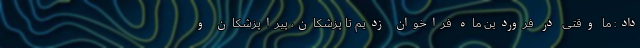
داد: ما وقتی در فروردین ماه فراخوان زدیم تا پزشکان، پیراپزشکان و